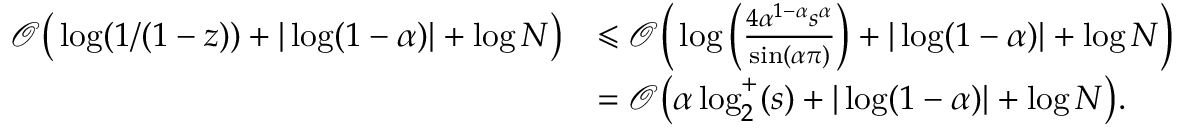
\begin{array} { r l } { \mathcal { O } \big ( \log ( 1 / ( 1 - z ) ) + | \log ( 1 - \alpha ) | + \log N \big ) } & { \leqslant \mathcal { O } \bigg ( \log \bigg ( \frac { 4 \alpha ^ { 1 - \alpha } s ^ { \alpha } } { \sin ( \alpha \pi ) } \bigg ) + | \log ( 1 - \alpha ) | + \log N \bigg ) } \\ & { = \mathcal { O } \big ( \alpha \log _ { 2 } ^ { + } ( s ) + | \log ( 1 - \alpha ) | + \log N \big ) . } \end{array}